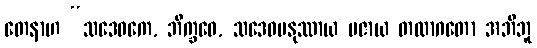
တေနာဟ “သဒေဝကေ, ဘိက္ခဝေ, သဒေဝမနုဿာယ ပဇာယ တထာဂတော အဘိဘူ